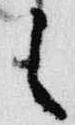
之